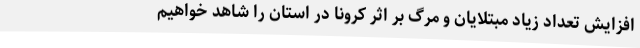
افزایش تعداد زیاد مبتلایان و مرگ بر اثر کرونا در استان را شاهد خواهیم